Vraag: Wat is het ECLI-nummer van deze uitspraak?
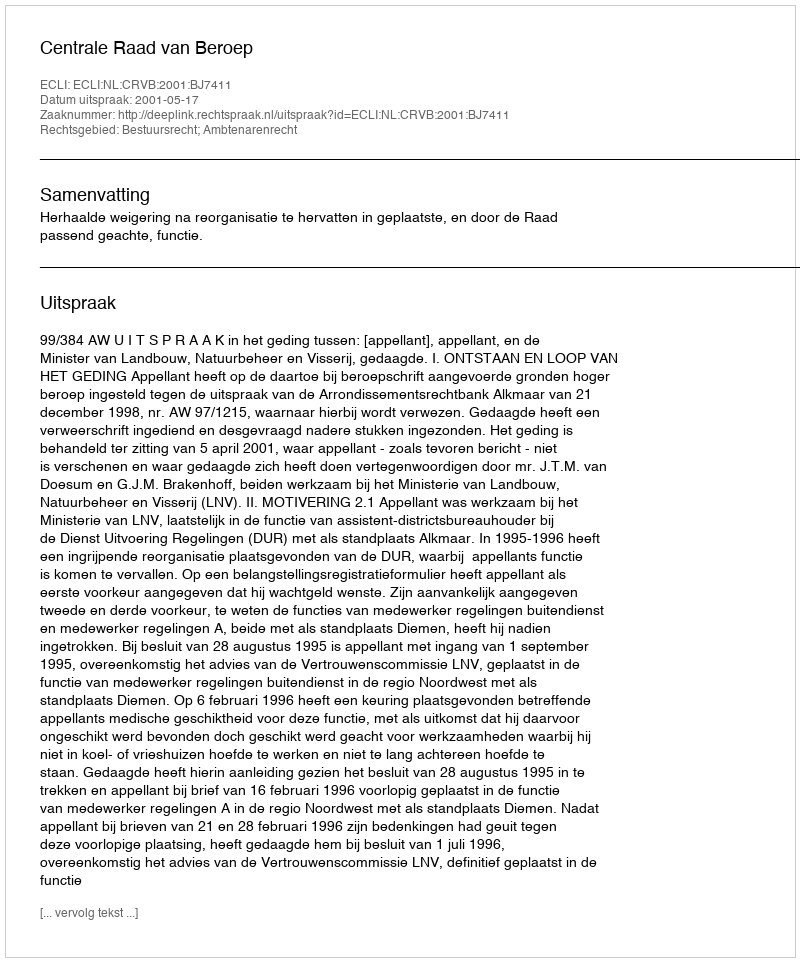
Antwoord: ECLI:NL:CRVB:2001:BJ7411